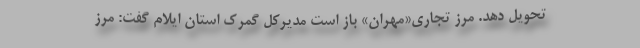
تحویل دهد. مرز تجاری«مهران» باز است مدیرکل گمرک استان ایلام گفت: مرز